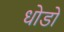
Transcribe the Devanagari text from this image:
धोडो